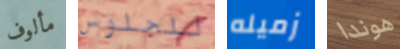
مألوف للجلوس زميله هوندا